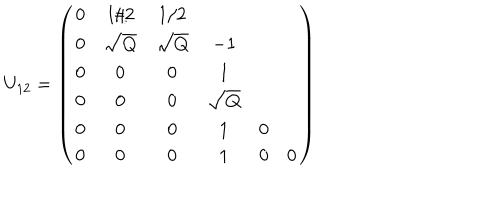
U _ { 1 2 } = \left( \begin{array} { c c c c c c c } { { 0 } } & { { 1 / 2 } } & { { 1 / 2 } } \\ { { 0 } } & { { \sqrt { Q } } } & { { \sqrt { Q } } } & { { - 1 } } \\ { { 0 } } & { { 0 } } & { { 0 } } & { { 1 } } \\ { { 0 } } & { { 0 } } & { { 0 } } & { { \sqrt { Q } } } & { { } } \\ { { 0 } } & { { 0 } } & { { 0 } } & { { 1 } } & { { 0 } } \\ { { 0 } } & { { 0 } } & { { 0 } } & { { 1 } } & { { 0 } } & { { 0 } } \\ \end{array} \right)